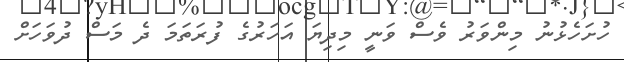
ހުށަހެޅުނު މިންވަރު ވެސް ވަނީ މިދިޔަ އަހަރުގެ ފުރަތަމަ ދެ މަސް ދުވަހަށް